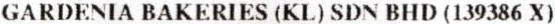
GARDENIA BAKERIES (KL) SDN BHD (139386 X)